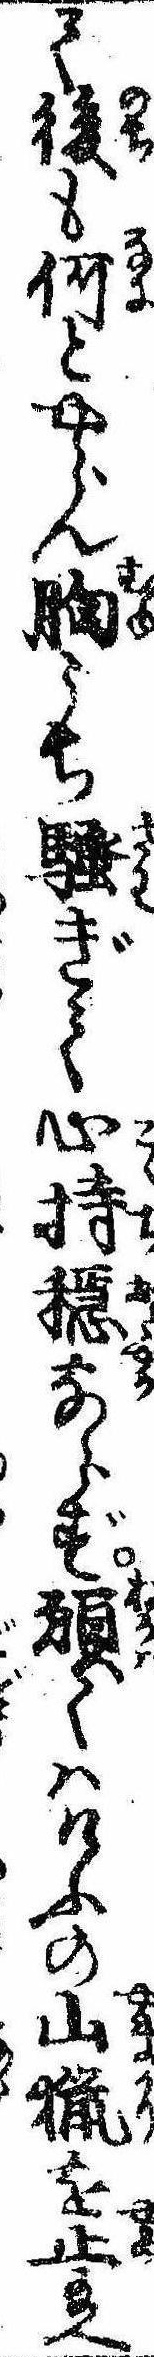
て後も何とやらん胸うち騒ぎて心持穏ならず願くはけふの山猟を止給へ